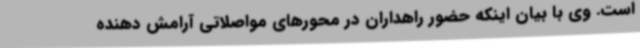
است. وی با بیان اینکه حضور راهداران در محورهای مواصلاتی آرامش دهنده